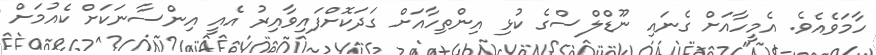
ހާމަވެއެވެ. އެމީހާއަށް ގެނައި ނޫޑްލްސްގެ ކުޅި އިންތިހާއަށް ގަދަކޮށްފައިވާއިރު އެއީ އިންސާނަކަށް ކެއުމަށް